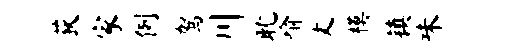
荻家例驾川耽喻丈模镇味